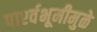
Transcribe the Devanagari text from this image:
पार्श्‍वभूमीमुळे